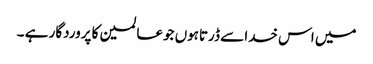
میں اس خدا سے ڈرتاہوں جوعالمین کا پروردگار ہے ۔